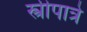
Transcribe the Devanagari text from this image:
स्त्रीपात्रे